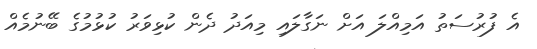
އެ ފުރުސަތު އަމިއްލަ އަށް ނަގާލައި މިއަދު ދެން ކުޅިވަރު ކުޅުމުގެ ބޭނުމެއް